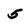
Character: 5